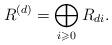
LaTeX: \begin{align*} R^{(d)} = \bigoplus_{i\geqslant0}R_{di}. \end{align*}